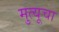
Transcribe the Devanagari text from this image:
मुत्यूचा